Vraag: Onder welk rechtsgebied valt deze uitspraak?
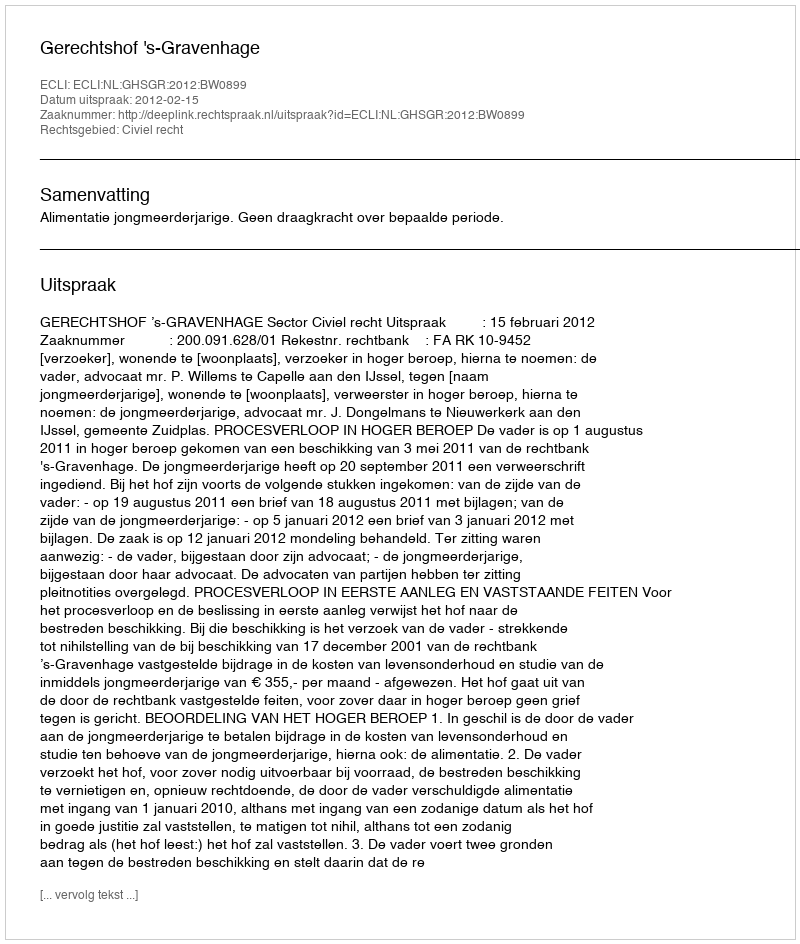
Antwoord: Civiel recht